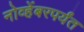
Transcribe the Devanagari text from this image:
नोव्हेंबरपर्यंत